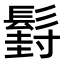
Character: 𮫍